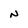
Character: N